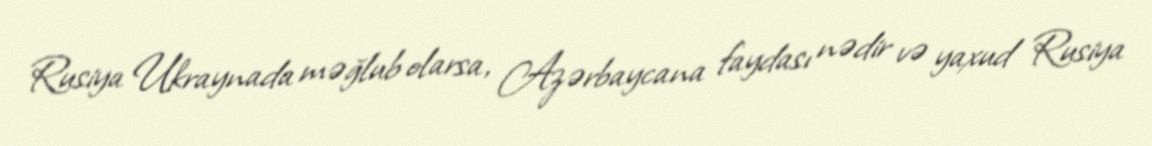
Rusiya Ukraynada məğlub olarsa, Azərbaycana faydası nədir və yaxud Rusiya